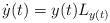
LaTeX: \begin{align*}\dot{y}(t) = y(t)L_{y(t)}\end{align*}